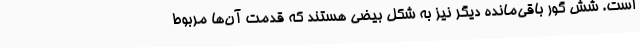
است. شش گور باقی‌مانده دیگر نیز به شکل بیضی هستند که قدمت آن‌ها مربوط